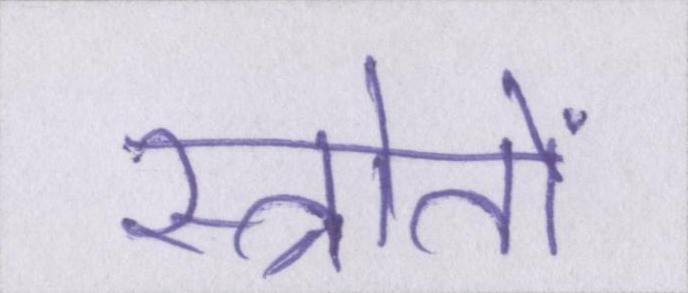
स्त्रोतों